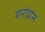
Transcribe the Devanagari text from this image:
मनोह्रास